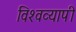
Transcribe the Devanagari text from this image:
विश्‍वव्यापी